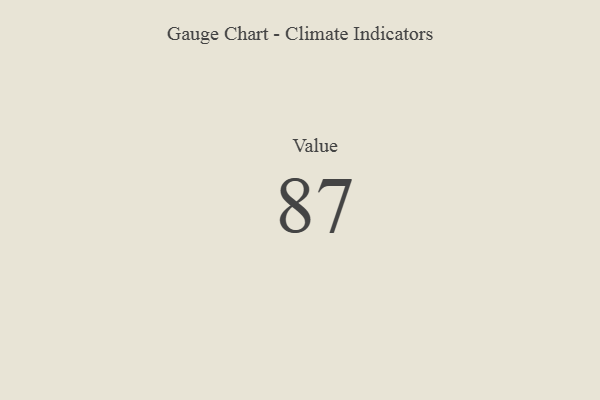
{"axis": {"x": "Metric", "y": "Value"}, "legend": [""], "data": [{"x": "Value", "y": 87, "type": ""}]}